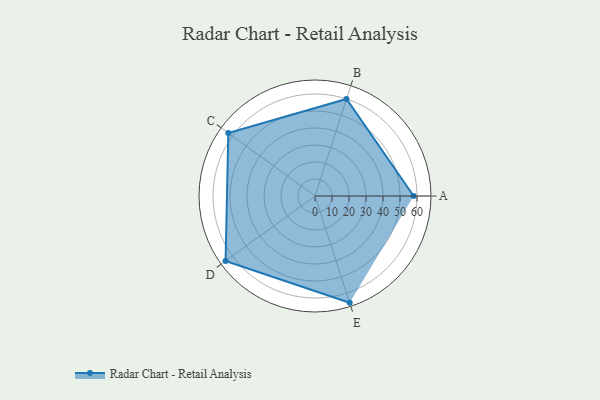
{"axis": {"x": "Skill", "y": "Score"}, "legend": ["Profile"], "data": [{"x": "A", "y": 58.0, "type": "Profile"}, {"x": "B", "y": 60.0, "type": "Profile"}, {"x": "C", "y": 63.0, "type": "Profile"}, {"x": "D", "y": 65.0, "type": "Profile"}, {"x": "E", "y": 66.0, "type": "Profile"}]}